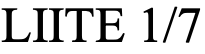
LIITE 1/7